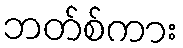
ဘတ်စ်ကား